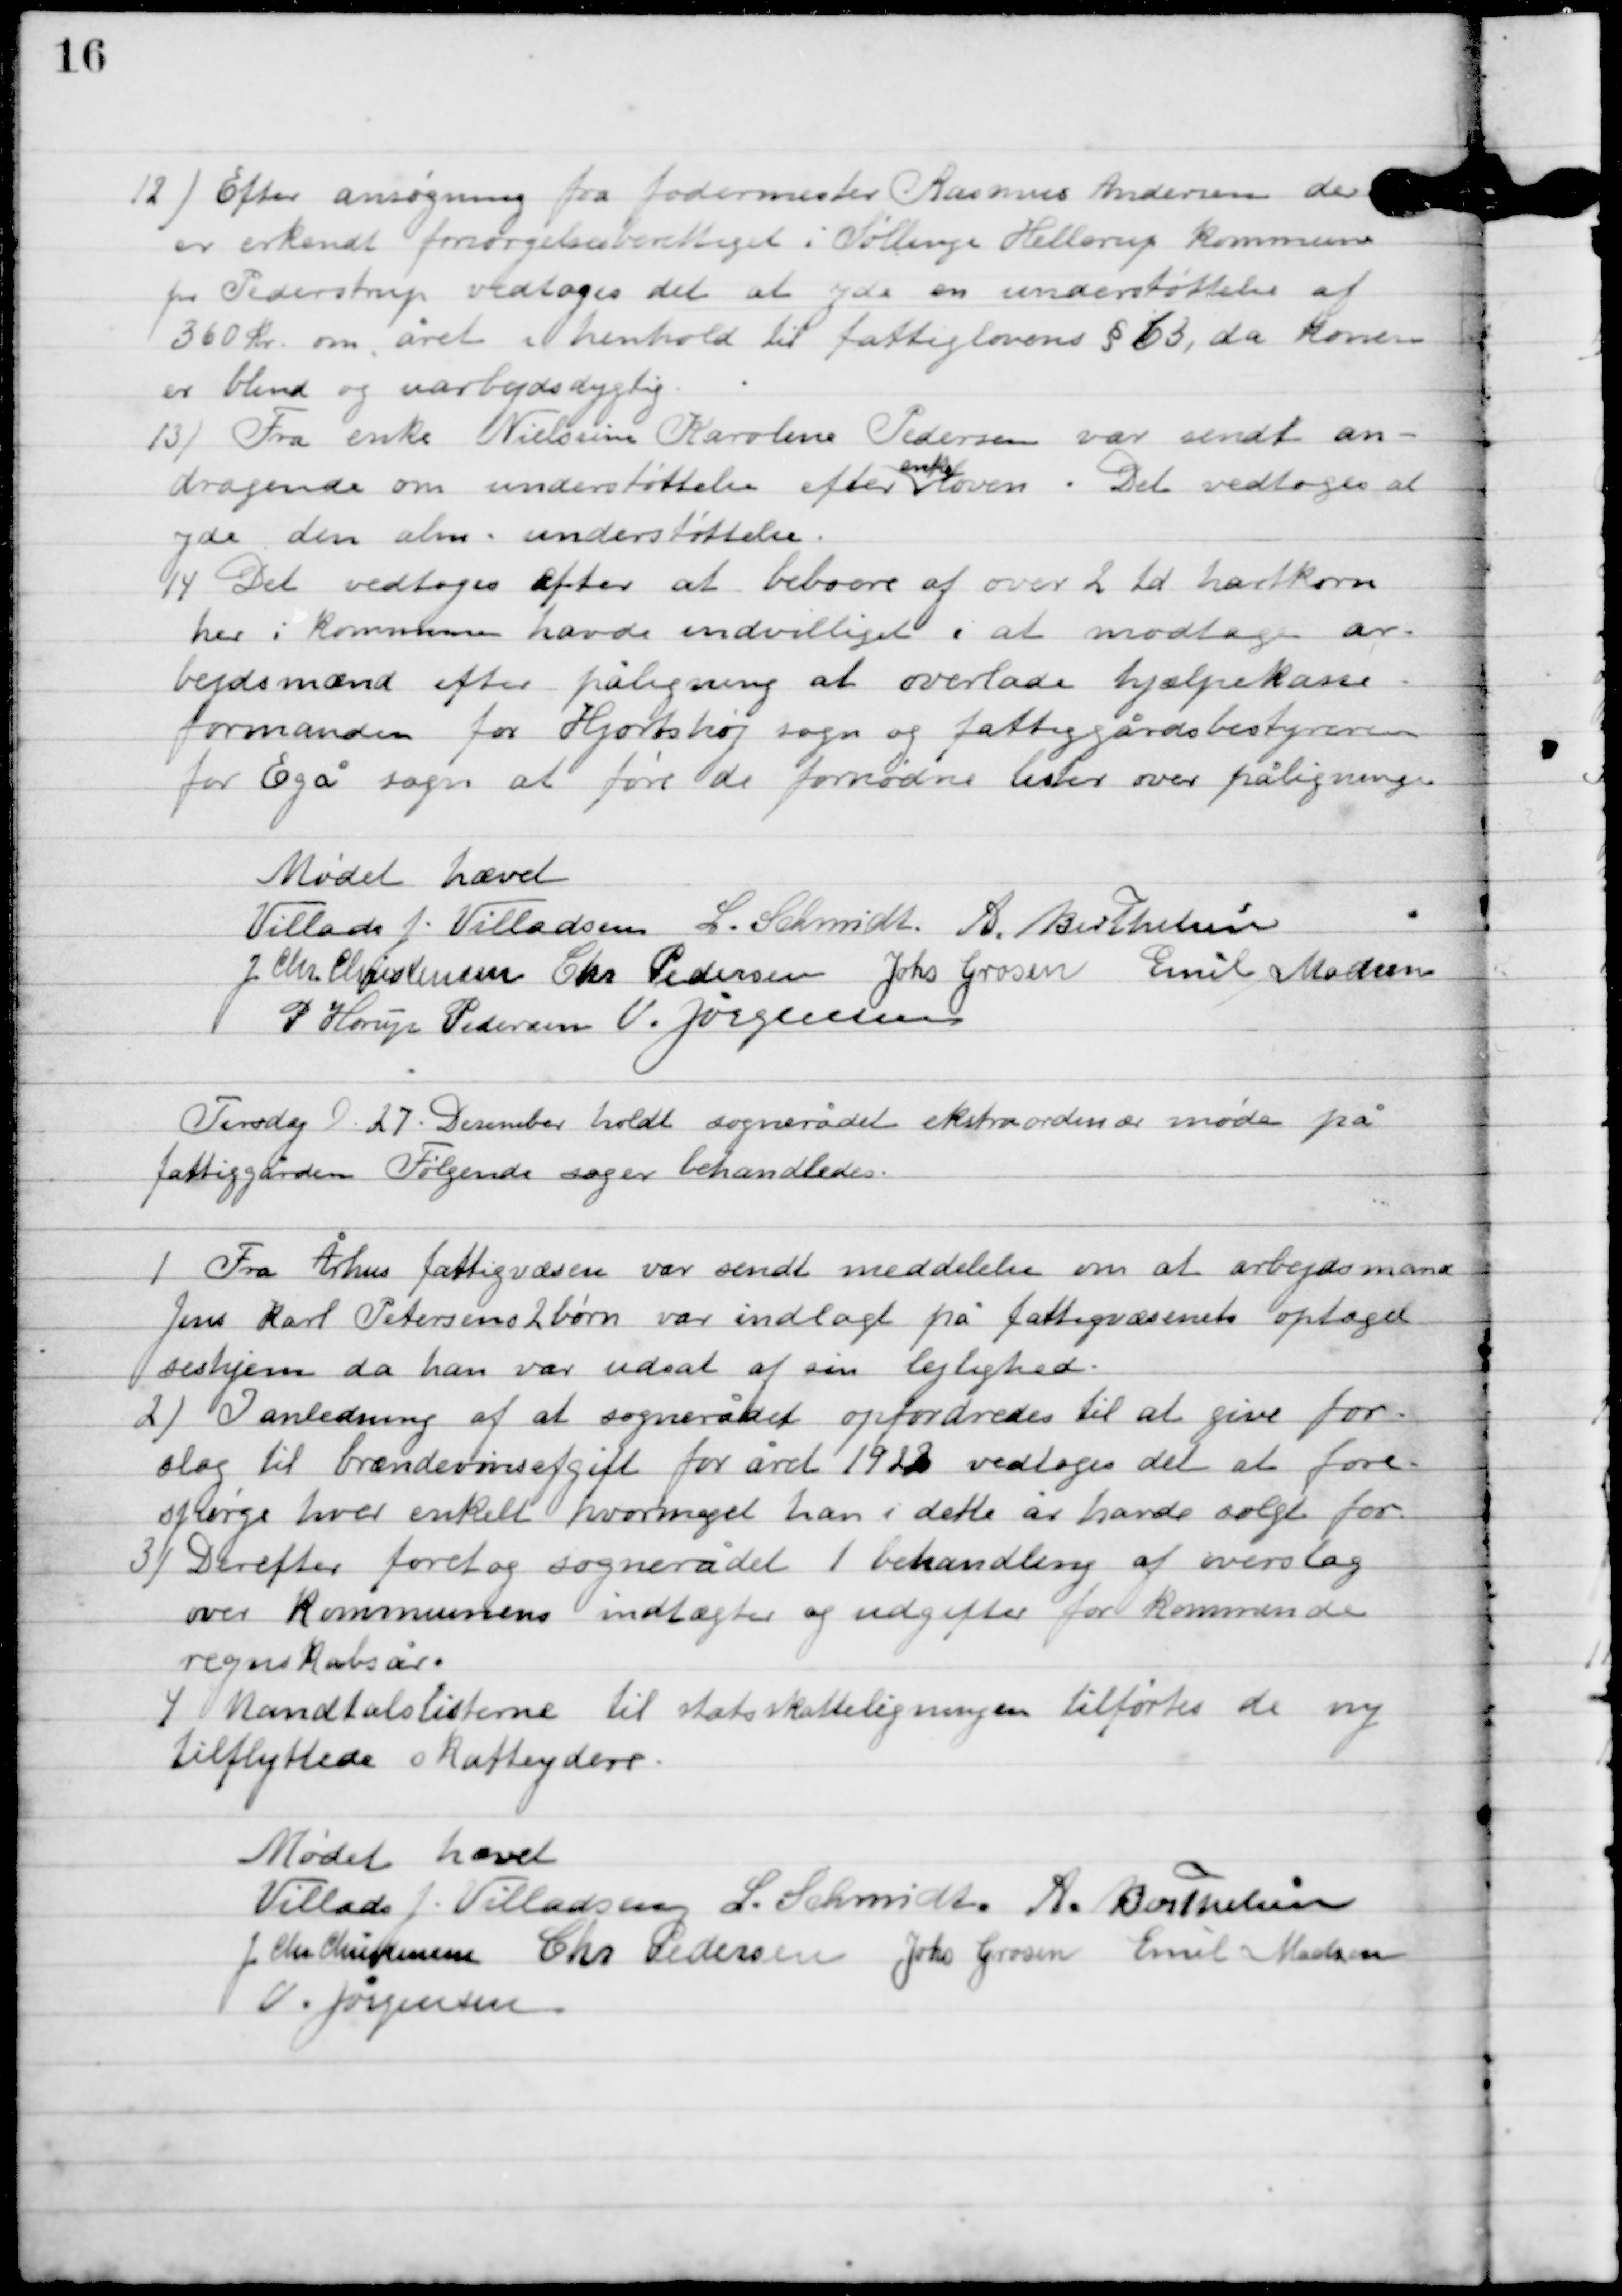
Transskription:
12

Efter ansøgning fra fodermester Rasmus Andersen der 
er erkendt forøgelsesberettiget i Søllinge Hellerup kommune 
for Pederstrup vedtoges det at yde en understøttelse af 
360 kr. om året i henhold til fattiglovens § 63, da konen 
er blind og uarbejdsdygtig.

13

13) Fra enke Nielsine Karoline Pedersen var sendt an-
dragende om understøttelse efter
enke-
loven. Det vedtoges at
yde den alm. understøttelse.

14

Det vedtoges efter at beboere af over 2 td. Hartkorn
her i Kommunen havde indvilliget i at modtage ar-
bejdsmænd efter påligning at overlade hjælpekasse
formanden for Hjortshøj sogn og fattiggårdsbestyreren
for Egå sogn at føre de fornødne lister over påligningen.

Mødet hævet

Villads J. Villadsen
L. Schmidt,
A. Berthelsen
I. Chr. Christensen
Chr. Pedersen
Johs. Grosen
Emil Madsen
P. Henry Pedersen
V. Jørgensen

Tirsdag D. 27. Desember holdt sognerådet møde på
på fattiggården. Følgende sager behandles:

1

Fra Århus fattigvæsen var sendt meddelelse om at arbejdsmand
Jens Karl Petersens 2 børn var indlagt på fattigvæsenets optagel-
seshjem da han var udsat af sin lejlighed.

2

I anledning af at sognerådet opfordredes til at give for-
slag til brændevinsafgift for året 1922 vedtoges det at fore-
spørge hver enkelt hvor meget han i dette år havde solgt for.

3

Derefter foretog sognerådet 1. behandling af overslag
over Kommunens indtægter og udgifter for kommende
regnskabsår.

4

Mandtalslisterne til statsskatteligningen tilførtes de nye
tilflyttede skatteydere.

Mødet hævet

Villads J. Villadsen
L. Schmidt
A. Berthelsen
I. Chr. Christensen
Chr. Pedersen
Johs. Grosen
Emil Madsen
V. Jørgensen